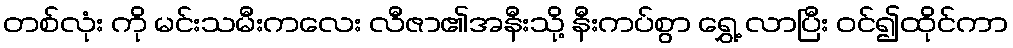
တစ်လုံး ကို မင်းသမီးကလေး လီဇာ၏အနီးသို့ နီးကပ်စွာ ရွှေ့ လာပြီး ဝင်၍ထိုင်ကာ